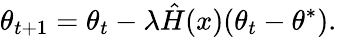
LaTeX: \theta_{t+1}=\theta_{t}-\lambda\hat{H}(x)(\theta_{t}-\theta^{*}).